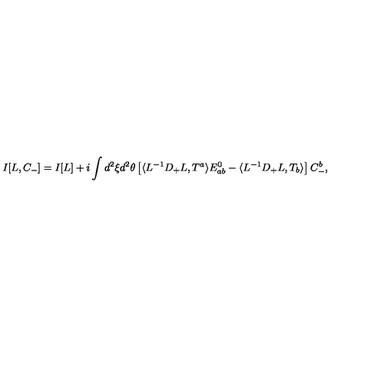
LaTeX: I [ L , C _ { - } ] = I [ L ] + i \int d ^ { 2 } \xi d ^ { 2 } \theta \left[ \langle L ^ { - 1 } D _ { + } L , T ^ { a } \rangle E _ { a b } ^ { 0 } - \langle L ^ { - 1 } D _ { + } L , T _ { b } \rangle \right] C _ { - } ^ { b } ,